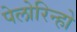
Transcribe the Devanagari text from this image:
पेलोरिन्हो